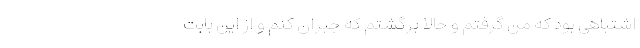
اشتباهی بود که من گرفتم و حالا برگشتم که جبران کنم و از این بابت